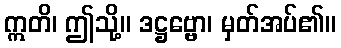
ဣတိ၊ ဤသို့။ ဒဋ္ဌဗ္ဗော၊ မှတ်အပ်၏။